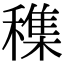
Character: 穕